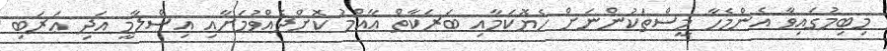
މިބިމުގައިވާ އެންމެހާ މީސްތަކުންނަށް ހެޔޮކަމާއި ބަރަކާތް ޢާއްމު ކޮށްދެއްވުމަށާއި އިސްލާމީ އަދި ޢަރަބި